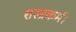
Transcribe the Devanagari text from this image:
शस्त्रकर्म।